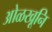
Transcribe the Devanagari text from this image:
ओळखूनि